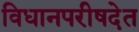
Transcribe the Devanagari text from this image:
विधानपरीषदेत